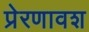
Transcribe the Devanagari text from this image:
प्रेरणावश